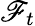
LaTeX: \mathscr{F}_{t}